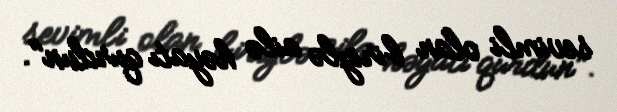
sevimli olan biriylə ailə həyatı qurdun".